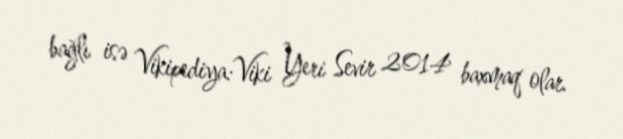
bağlı isə Vikipediya:Viki Yeri Sevir 2014 baxmaq olar.